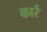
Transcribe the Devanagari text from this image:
कार्र